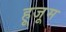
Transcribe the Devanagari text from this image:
हूजूम